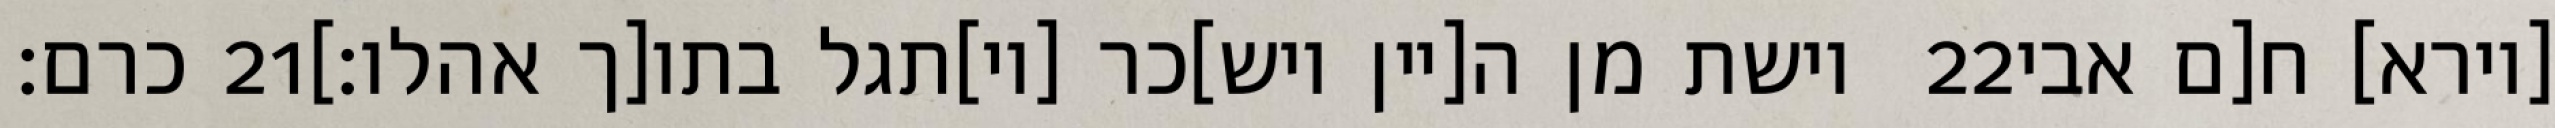
כרם׃ ‎21‏ וישת מן ה[יין ויש]כר [וי]תגל בתו[ך אהלו׃] ‎22‏ [וירא] ח[ם אבי